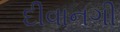
દીવાનગી